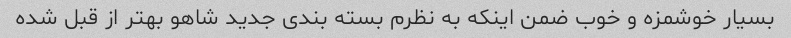
بسیار خوشمزه و خوب ضمن اینکه به نظرم بسته بندی جدید شاهو بهتر از قبل شده